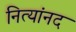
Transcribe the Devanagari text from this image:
नित्यांनद